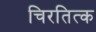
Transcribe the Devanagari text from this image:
चिरतित्क